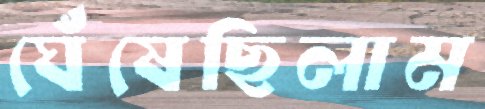
ঘেঁষেছিলাম